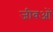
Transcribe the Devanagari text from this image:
जीवओं